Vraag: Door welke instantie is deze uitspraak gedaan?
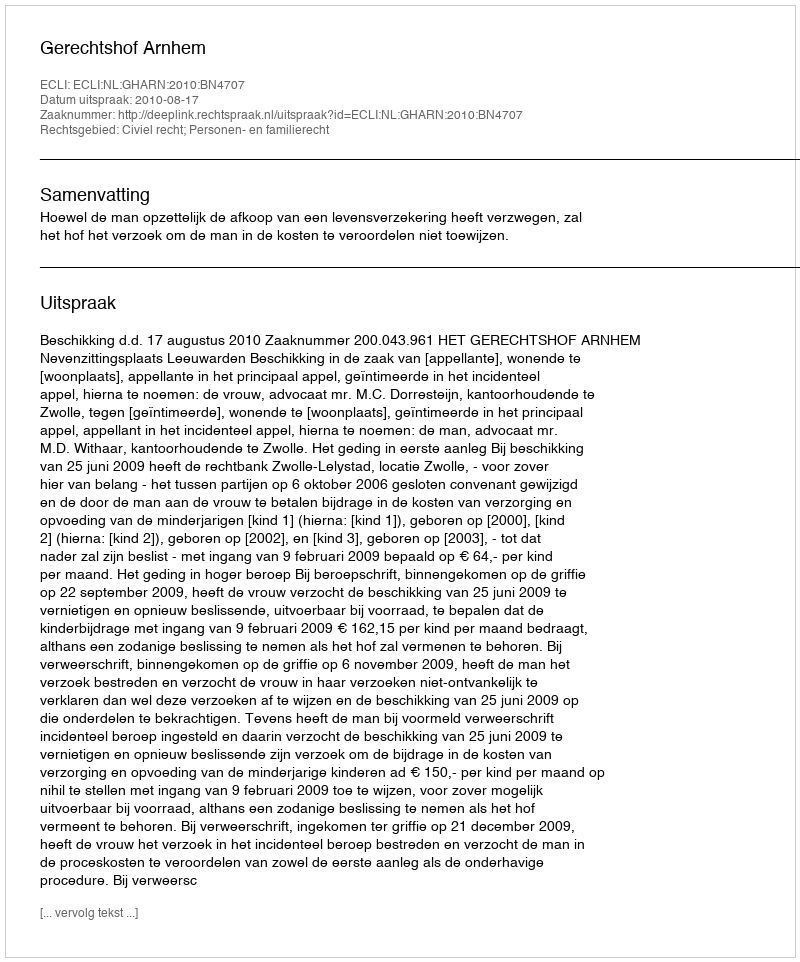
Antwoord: Gerechtshof Arnhem